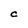
Character: C